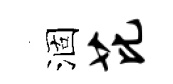
涸芘